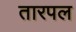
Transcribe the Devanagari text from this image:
तारपल